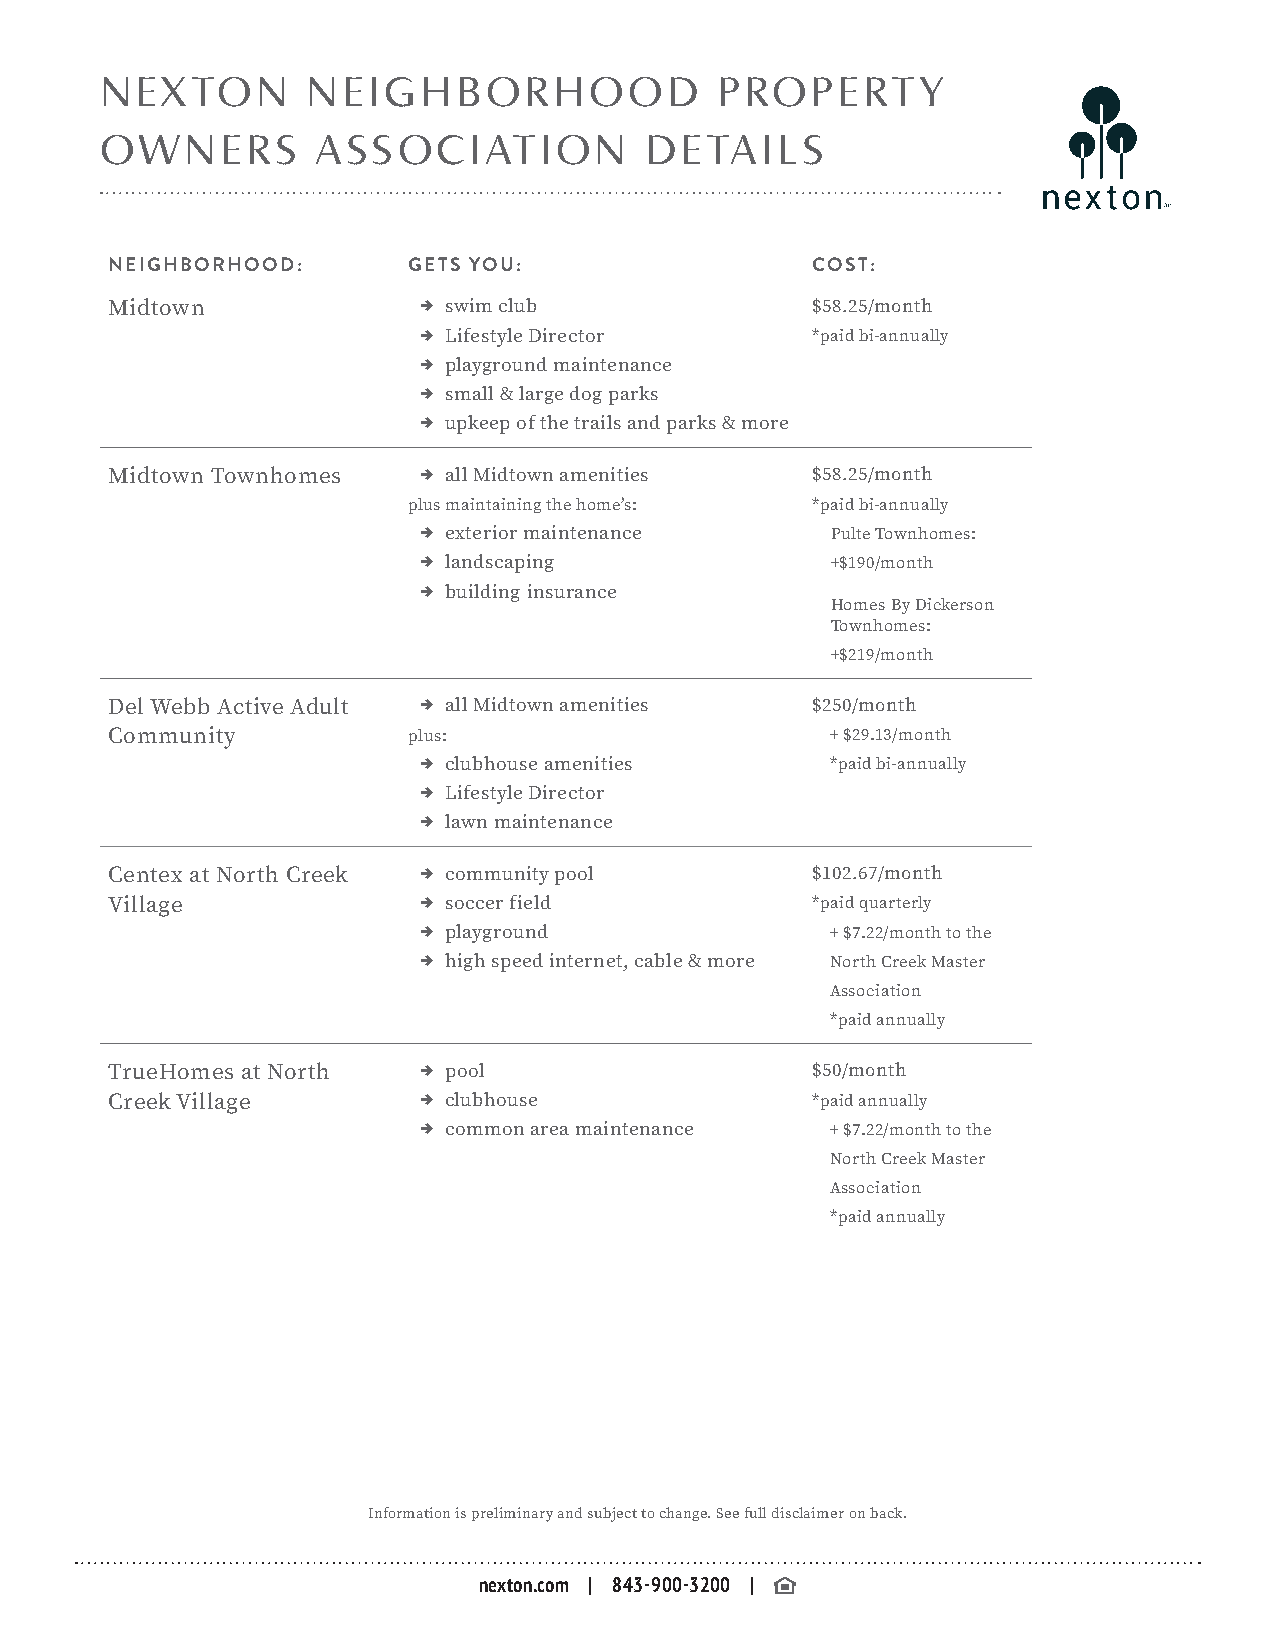
NEXTON       NEIGHBORHOOD                PROPERTY
 OWNERS        ASSOCIATION           DETAILS
 NEIGHBORHOOD:       GETS YOU:                  COST:
 Midtown              , s wim club              $58.25/month
 , L ifestyle Director     *paid bi-annually
 , playground maintenance
 , small & large dog parks
 , upkeep of the trails and parks & more
 Midtown Townhomes    , all Midtown amenities   $58.25/month
 plus maintaining the home’s: *paid bi-annually
 , exterior maintenance     Pulte Townhomes:
 , landscaping              +$190/month
 , building insurance
 Homes By Dickerson
 Townhomes:
 +$219/month
 Del Webb Active Adult , all Midtown amenities  $250/month
 Community           plus:                       + $29.13/month
 , c lubhouse amenities     *paid bi-annually
 , L ifestyle Director
 , l awn maintenance
 Centex at North Creek , c ommunity pool        $102.67/month
 Village              , s occer field           *paid quarterly
 , p layground              + $7.22/month to the
 , high speed internet, cable & more North Creek Master
 Association
 *paid annually
 TrueHomes at North   , p ool                   $50/month
 Creek Village        , c lubhouse              *paid annually
 , common area maintenance  + $7.22/month to the
 North Creek Master
 Association
 *paid annually
 Information is preliminary and subject to change. See full disclaimer on back.
 nexton.com | 843-900-3200 |